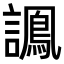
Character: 𧬽